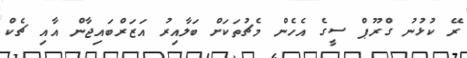
ރޭ ކުޅުނު ގްރޫޕް ސީގެ އެހެން މެޗުތަކަށް ބަލާއިރު އަޒަރްބައިޖާން އާއި ޗެކް